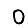
Digit: 0